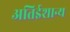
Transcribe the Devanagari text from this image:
अतिईशान्य